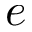
e